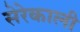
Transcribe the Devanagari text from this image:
सेरेकाली